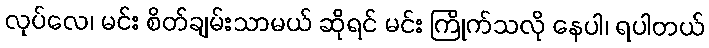
လုပ်လေ၊ မင်း စိတ်ချမ်းသာမယ် ဆိုရင် မင်း ကြိုက်သလို နေပါ၊ ရပါတယ်